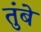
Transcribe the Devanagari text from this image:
तुंबे